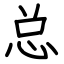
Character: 总